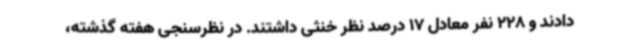
دادند و 228 نفر معادل 17 درصد نظر خنثی داشتند. در نظرسنجی هفته گذشته،